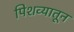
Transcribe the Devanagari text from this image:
पिशव्यातून